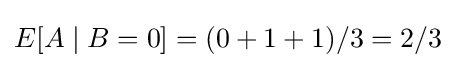
E[A\mid B=0]=(0+1+1)/3=2/3